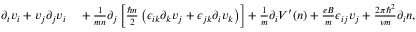
\begin{array} { r l } { \partial _ { t } v _ { i } + v _ { j } \partial _ { j } v _ { i } } & { { } + \frac { 1 } { m n } \partial _ { j } \left[ \frac { \hbar n } { 2 } \left( \epsilon _ { i k } \partial _ { k } v _ { j } + \epsilon _ { j k } \partial _ { i } v _ { k } \right) \right] + \frac { 1 } { m } \partial _ { i } V ^ { \prime } ( n ) + \frac { e B } { m } \epsilon _ { i j } v _ { j } + \frac { 2 \pi \hbar ^ { 2 } } { \nu m } \partial _ { i } n , } \end{array}